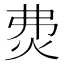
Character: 𤇝